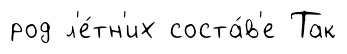
род л'е́тн'их соста́в'е Так